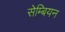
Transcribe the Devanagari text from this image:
सेम्बियन